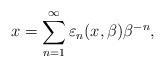
LaTeX: \begin{align*}x=\sum_{n=1}^{\infty }\varepsilon _{n}(x,\beta )\beta ^{-n},\end{align*}